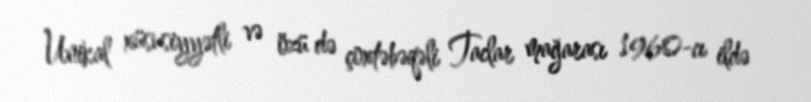
Unikal xüsusiyyətli və özü də çoxtəbəqəli Taclar mağarası 1960-cı ildə